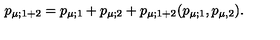
p _ { \mu ; 1 + 2 } = p _ { \mu ; 1 } + p _ { \mu ; 2 } + p _ { \mu ; 1 + 2 } ( p _ { \mu ; 1 } , p _ { \mu , 2 } ) .